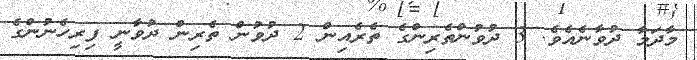
މާދަމާ ދުވާނެއެވެ. 3 ދުވުންތެރިންގެ ތެރެއިން 2 ދުވުން ތެރިން ދުވާނީ ފިރިހެނުންގެ